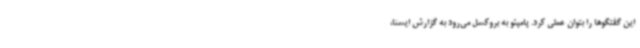
این گفتگوها را بتوان عملی کرد. پامپئو به بروکسل می‌رود به گزارش ایسنا،